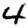
Digit: 4